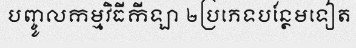
បញ្ចូលកម្មវិធីកីឡា ២ប្រភេទបន្ថែមទៀត